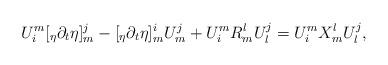
LaTeX: \begin{align*} U^m_i [_\eta \partial_t \eta]_m^j - [_\eta \partial_t \eta]^i_m U^j_m + U_i^m R_m^l U_l^j =U_i^m X_m^l U_l^j, \end{align*}